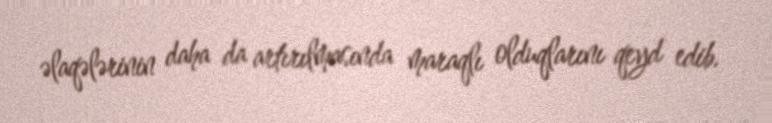
əlaqələrinin daha da artırılmasında maraqlı olduqlarını qeyd edib.